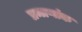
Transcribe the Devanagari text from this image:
प्रमाणांक